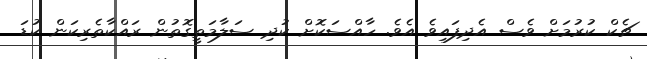
ޗެކް ކުރުމަށް ވެސް އެދިފައިވެ އެވެ. ހާއްސަކޮށް ކުދި ސަލާމަތީގޮތުން ރައްކާތެރިކަން ކުޑަ